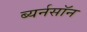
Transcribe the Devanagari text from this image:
ब्यर्नसॉन